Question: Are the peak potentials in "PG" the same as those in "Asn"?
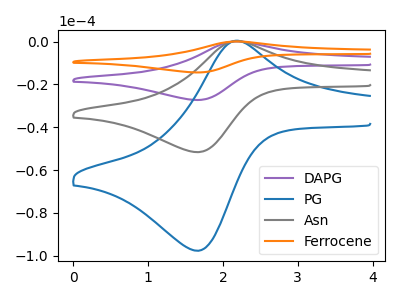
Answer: <think>The purple curve "DAPG" has an anodic peak at (2.20V, 0.40uA) and a cathodic peak at (1.65V, -103.20uA). The blue curve "PG" has an anodic peak at (2.20V, 0.35uA) and a cathodic peak at (1.65V, -97.60uA). The gray curve "Asn" has an anodic peak at (2.20V, 0.20uA) and a cathodic peak at (1.65V, -51.60uA). The orange curve "Ferrocene" has an anodic peak at (2.20V, 0.55uA) and a cathodic peak at (1.65V, -154.75uA).</think>
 <answer>Yes, "PG" have a peak in "Asn" at the same potential.</answer>
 <eval>match</eval>